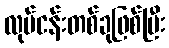
လုပ်ငန်းတစ်ခုဖြစ်ပြီး